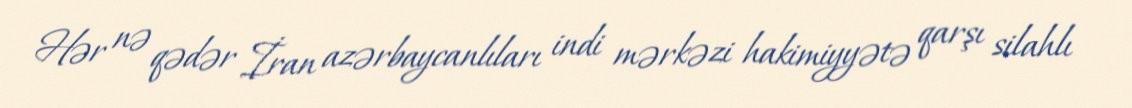
Hər nə qədər İran azərbaycanlıları indi mərkəzi hakimiyyətə qarşı silahlı